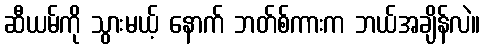
ဆီယမ်ကို သွားမယ့် နောက် ဘတ်စ်ကားက ဘယ်အချိန်လဲ။